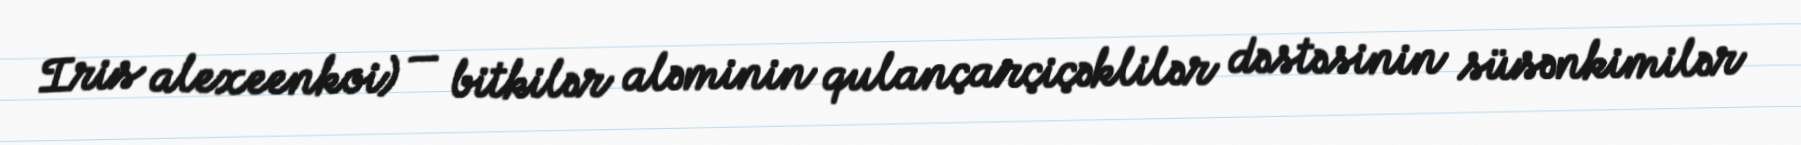
Iris alexeenkoi) — bitkilər aləminin qulançarçiçəklilər dəstəsinin süsənkimilər